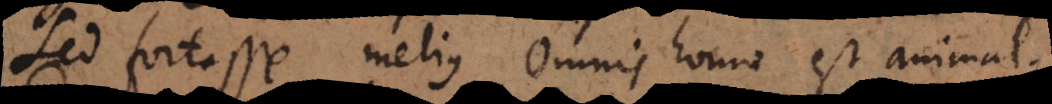
Sed fortasse melius omnis homo est animal.